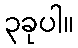
၃ခုပါ။